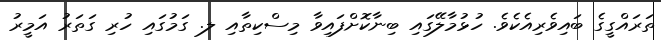
ތަރައްގީގެ ބައިވެރިއެކެވެ. ހުޅުމާލޭގައި ބިނާކޮށްފައިވާ މިސްކިތާއި ލ. ގަމުގައި ހުރި ގަތަރު އަމީރު